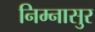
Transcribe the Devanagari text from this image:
निम्नासुर